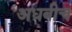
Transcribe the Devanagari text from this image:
अधबीच